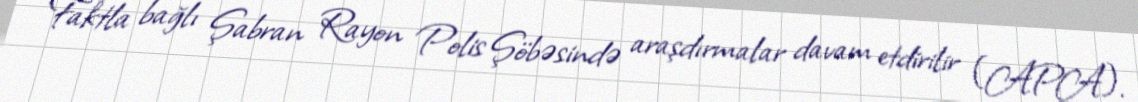
Faktla bağlı Şabran Rayon Polis Şöbəsində araşdırmalar davam etdirilir (APA).